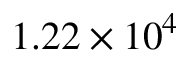
1 . 2 2 \times 1 0 ^ { 4 }